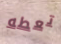
تعطه